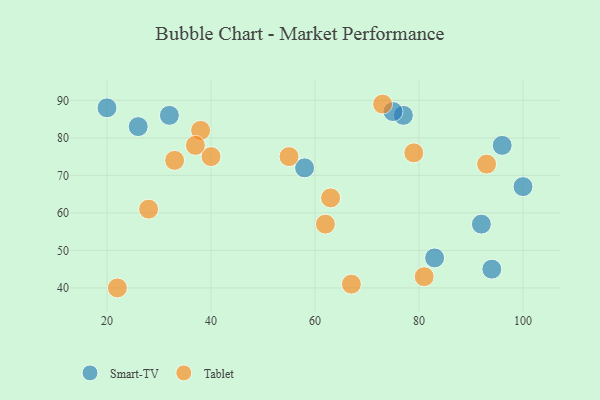
{"axis": {"x": "GDP", "y": "Life Expectancy"}, "legend": ["Smart-TV", "Tablet"], "data": [{"x": "77", "y": 86, "type": "Smart-TV"}, {"x": "20", "y": 88, "type": "Smart-TV"}, {"x": "26", "y": 83, "type": "Smart-TV"}, {"x": "32", "y": 86, "type": "Smart-TV"}, {"x": "83", "y": 48, "type": "Smart-TV"}, {"x": "100", "y": 67, "type": "Smart-TV"}, {"x": "58", "y": 72, "type": "Smart-TV"}, {"x": "96", "y": 78, "type": "Smart-TV"}, {"x": "92", "y": 57, "type": "Smart-TV"}, {"x": "75", "y": 87, "type": "Smart-TV"}, {"x": "94", "y": 45, "type": "Smart-TV"}, {"x": "93", "y": 73, "type": "Tablet"}, {"x": "28", "y": 61, "type": "Tablet"}, {"x": "38", "y": 82, "type": "Tablet"}, {"x": "33", "y": 74, "type": "Tablet"}, {"x": "55", "y": 75, "type": "Tablet"}, {"x": "79", "y": 76, "type": "Tablet"}, {"x": "62", "y": 57, "type": "Tablet"}, {"x": "67", "y": 41, "type": "Tablet"}, {"x": "40", "y": 75, "type": "Tablet"}, {"x": "73", "y": 89, "type": "Tablet"}, {"x": "37", "y": 78, "type": "Tablet"}, {"x": "63", "y": 64, "type": "Tablet"}, {"x": "81", "y": 43, "type": "Tablet"}, {"x": "22", "y": 40, "type": "Tablet"}]}